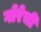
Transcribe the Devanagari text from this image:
गोरेची